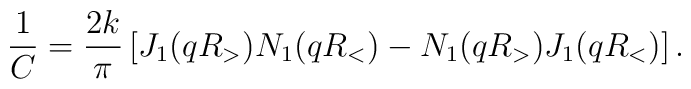
\frac{1}{C} =\frac{2k}{\pi}  \left[ J_1(q R_>) N_1(q R_<) - N_1(q R_>) J_1(q R_<) \right] .